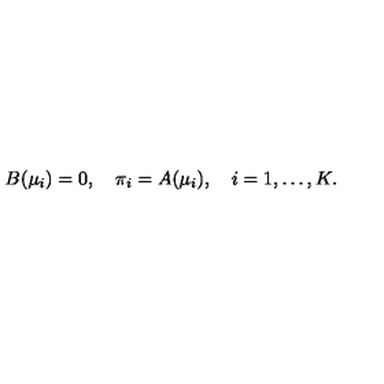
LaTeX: B ( \mu _ { i } ) = 0 , \quad \pi _ { i } = A ( \mu _ { i } ) , \quad i = 1 , \ldots , K .